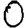
Digit: 0